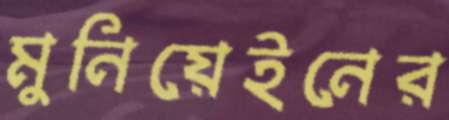
মুনিয়েইনের